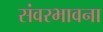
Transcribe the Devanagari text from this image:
संवरभावना